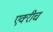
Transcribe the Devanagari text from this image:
एक्‍रीच